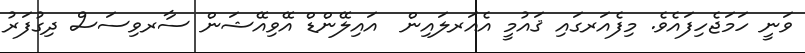
ވަނީ ހަމަޖެހިފައެވެ. މިފެއަރގައި ޤައުމީ އެއަރލައިން  އައިލޭންޑް އޭވިއޭޝަން ސާރވިސަސް ދިގުފަރު